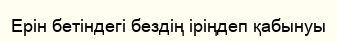
Ерін бетіндегі бездің іріңдеп қабынуы